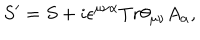
S ^ { \prime } = S + i \epsilon ^ { \mu \nu \alpha } T r \theta _ { \mu \nu } A _ { \alpha } ,